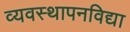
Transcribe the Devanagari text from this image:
व्यवस्थापनविद्या